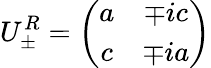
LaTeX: U_{\pm}^{R}=\left(\begin{array}{cc}{{a}}&{{\mp ic}}\\ {{c}}&{{\mp ia}}\end{array}\right)